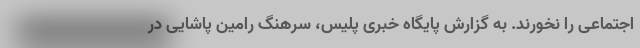
اجتماعی را نخورند. به گزارش پایگاه خبری پلیس، سرهنگ رامین پاشایی در